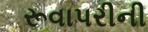
રૂવાપરીની